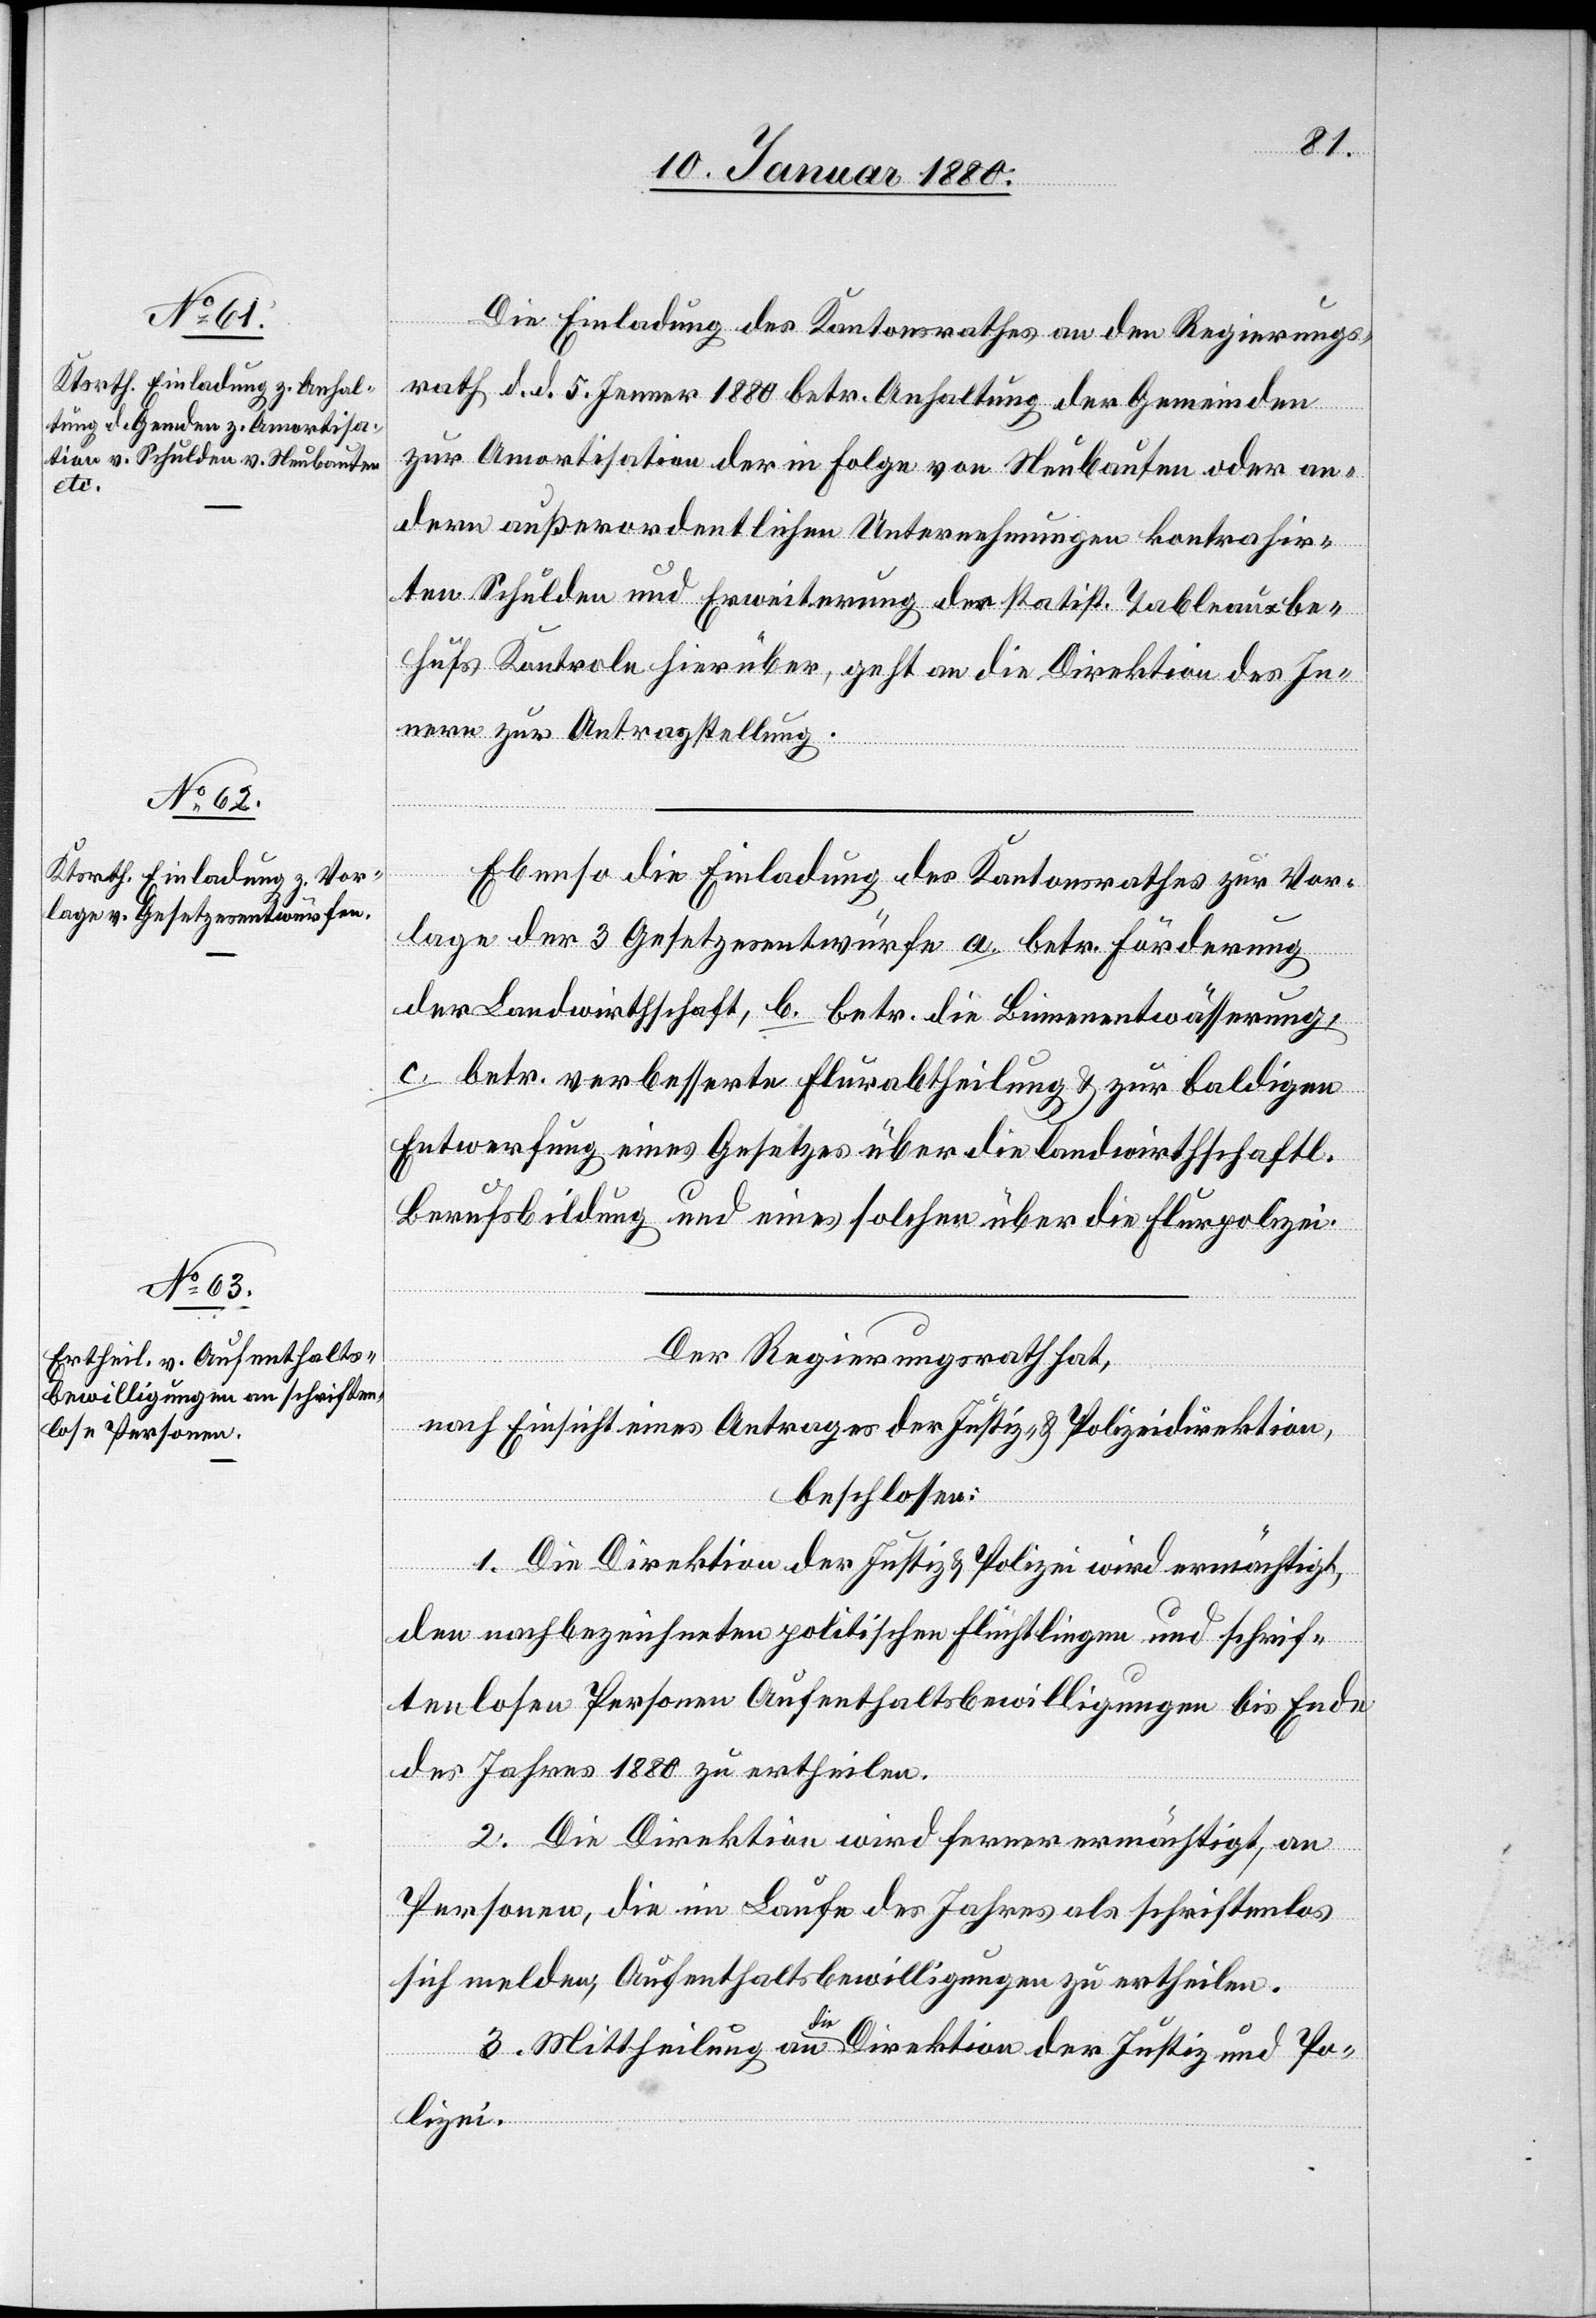
Die Einladung des Kantonsrathes an den Regierungs¬
rath d. d. 5. Jenner 1880 betr. Anhaltung der Gemeinden
zur Amortisation der in Folge von Neubauten oder an¬
dern außerordentlichen Unternehmungen kontrahir¬
ten Schulden und Erweiterung der statist. Tableau be¬
hufs Kontrole hierüber, geht an die Direktion des In¬
nern zur Antragstellung.
Ebenso die Einladung des Kantonsrathes zur Vor¬
lage der 3 Gesetzesentwürfe a. betr. Förderung
der Landwirthschaft, b. betr. die Binnenentwässerung,
c. betr. verbesserte Flurabtheilung & zur baldigen
Entwerfung eines Gesetze über die landwirthschaftl.
Berufsbildung und eines solchen über die Flurpolizei.
Der Regierungsrath hat,
nach Einsicht eines Antrages der Justiz- & Polizeidirektion,
beschlossen:
1. Die Direktion der Justiz & Polizei wird ermächtigt,
den nachbezeichneten politischen Flüchtlingen und schrif¬
tenlosen Personen Aufenthaltsbewilligungen bis Ende
des Jahres 1880 zu ertheilen.
2. Die Direktion wird ferner ermächtigt, an
Personen, die im Laufe des Jahres als schriftenlos
sich melden, Aufenthaltsbewilligungen zu ertheilen.
3. Mittheilung an a-die-a Direktion der Justiz & Po¬
lizei.